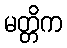
မတ္တိက